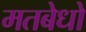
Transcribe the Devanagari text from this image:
मतबेधो